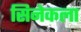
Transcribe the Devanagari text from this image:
सिनेकला